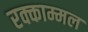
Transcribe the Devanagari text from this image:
रक्काम्मल